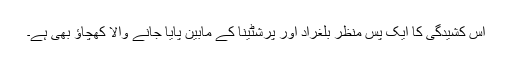
اس کشیدگی کا ایک پس منظر بلغراد اور پرشٹینا کے مابین پایا جانے والا کھچاؤ بھی ہے۔